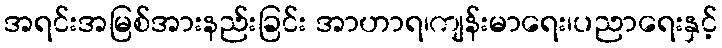
အရင်းအမြစ်အားနည်းခြင်း အာဟာရ၊ကျန်းမာရေး၊ပညာရေးနှင့်